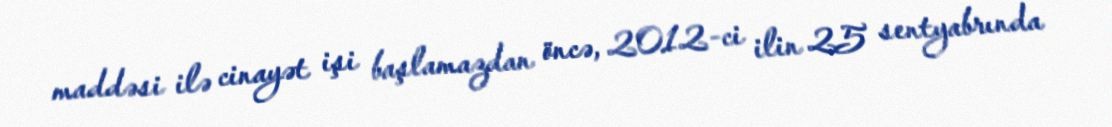
maddəsi ilə cinayət işi başlamazdan öncə, 2012-ci ilin 25 sentyabrında